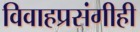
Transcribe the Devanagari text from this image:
विवाहप्रसंगीही